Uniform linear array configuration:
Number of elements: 24
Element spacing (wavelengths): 0.5
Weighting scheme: exponential
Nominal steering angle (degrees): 60
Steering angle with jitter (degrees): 58.186
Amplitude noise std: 0.05
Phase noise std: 0.05

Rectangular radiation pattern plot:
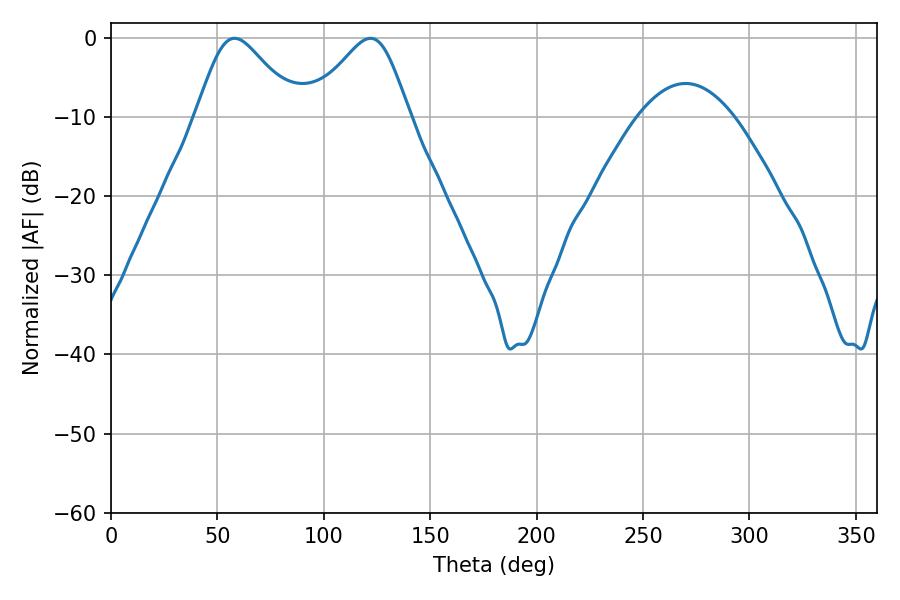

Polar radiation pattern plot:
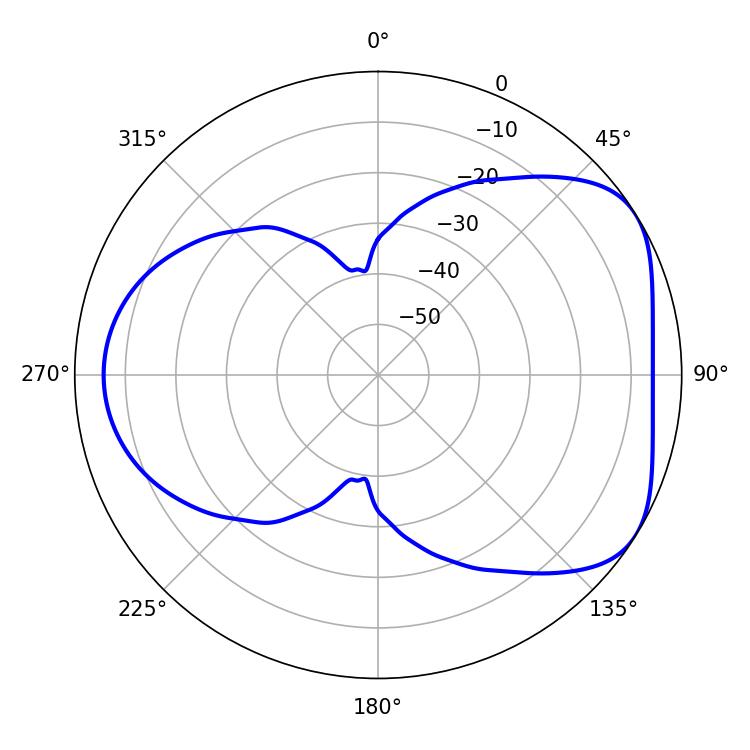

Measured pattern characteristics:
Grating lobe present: FALSE
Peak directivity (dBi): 4.858
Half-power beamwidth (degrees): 23.4
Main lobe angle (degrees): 58.14